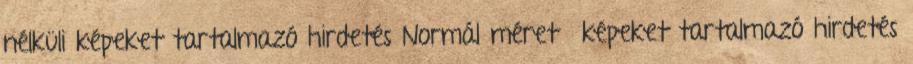
nélküli képeket tartalmazó hirdetés Normál méretű képeket tartalmazó hirdetés